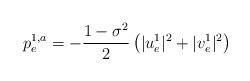
LaTeX: \begin{align*} p_e^{1,a}=-\frac{1-\sigma^2}{2}\left(|u_e^1|^2+|v_e^1|^2\right)\end{align*}